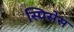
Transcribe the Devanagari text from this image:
स्पिसेस